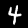
Label: 4